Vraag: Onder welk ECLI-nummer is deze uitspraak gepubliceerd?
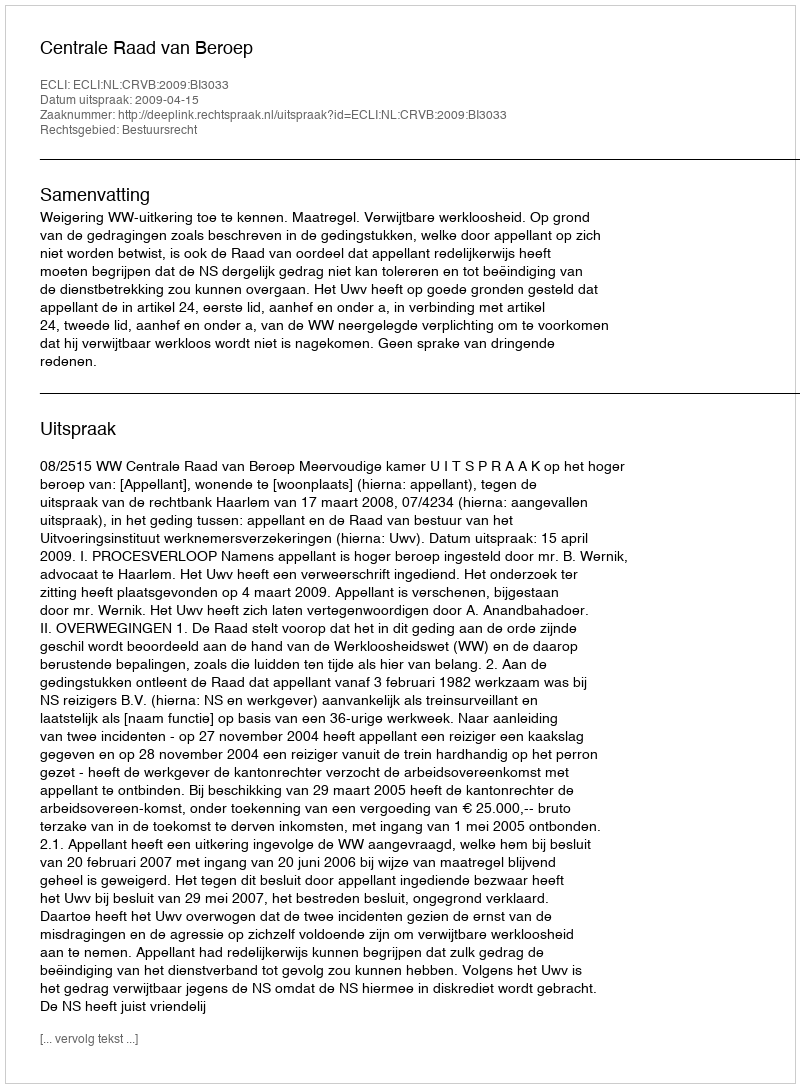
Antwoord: ECLI:NL:CRVB:2009:BI3033